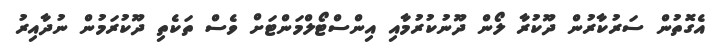
އެގޮތުން ސަރުކާރުން ދޫކުރާ ލޯން ދޫނުކުރުމާއި އިންސްޓޯލްމަންޓަށް ވެސް ތަކެތި ދޫކުރަމުން ނުދާއިރު